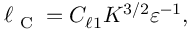
\ell _ { \textrm { C } } = C _ { \ell 1 } K ^ { 3 / 2 } \varepsilon ^ { - 1 } ,